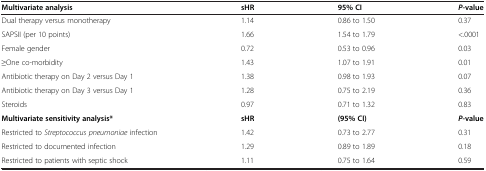
<table><thead><tr><td><b>Multivariate analysis</b></td><td><b>sHR</b></td><td><b>95% CI</b></td><td><b><i>P-</i>value</b></td></tr></thead><tbody><tr><td>Dual therapy versus monotherapy</td><td>1.14</td><td>0.86 to 1.50</td><td>0.37</td></tr><tr><td>SAPSII (per 10 points)</td><td>1.66</td><td>1.54 to 1.79</td><td>&lt;.0001</td></tr><tr><td>Female gender</td><td>0.72</td><td>0.53 to 0.96</td><td>0.03</td></tr><tr><td>≥One co-morbidity</td><td>1.43</td><td>1.07 to 1.91</td><td>0.01</td></tr><tr><td>Antibiotic therapy on Day 2 versus Day 1</td><td>1.38</td><td>0.98 to 1.93</td><td>0.07</td></tr><tr><td>Antibiotic therapy on Day 3 versus Day 1</td><td>1.28</td><td>0.75 to 2.19</td><td>0.36</td></tr><tr><td>Steroids</td><td>0.97</td><td>0.71 to 1.32</td><td>0.83</td></tr><tr><td><b>Multivariate sensitivity analysis*</b></td><td><b>sHR</b></td><td><b>(95% CI)</b></td><td><b><i>P</i></b><b>-value</b></td></tr><tr><td>Restricted to <i>Streptococcus pneumoniae</i> infection</td><td>1.42</td><td>0.73 to 2.77</td><td>0.31</td></tr><tr><td>Restricted to documented infection</td><td>1.29</td><td>0.89 to 1.89</td><td>0.18</td></tr><tr><td>Restricted to patients with septic shock</td><td>1.11</td><td>0.75 to 1.64</td><td>0.59</td></tr></tbody></table>